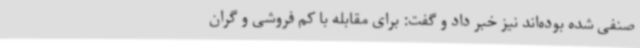
صنفی شده بوده‌اند نیز خبر داد و گفت: برای مقابله با کم فروشی و گران